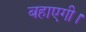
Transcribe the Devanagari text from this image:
बहाएगी।